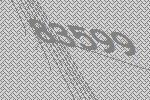
83599